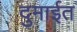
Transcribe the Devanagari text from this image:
दुमाईत